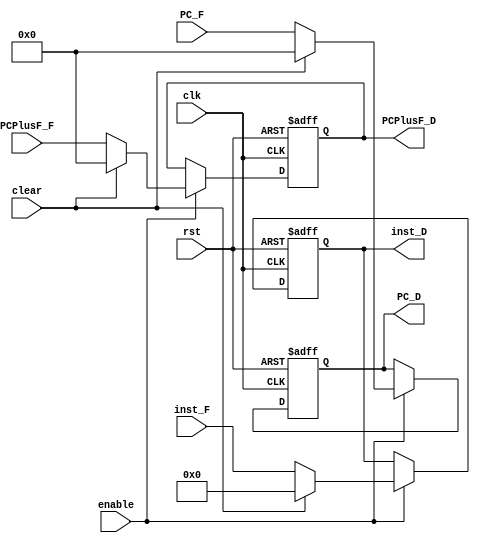
module pipe_IF_ID(
		  output reg [31:0] inst_D, 
		  output reg [8:0]  PC_D, PCPlusF_D,
		  input [31:0]	    inst_F, 
		  input [8:0]	    PC_F, PCPlusF_F,
		  input		    clk, rst, clear, enable);

   always @ (posedge clk, posedge rst) begin
      if (rst) begin
	 inst_D <= 0;
	 PC_D <= 0;
	 PCPlusF_D <= 0;
      end

      else if (enable) begin
                 if (clear) begin
                    inst_D <= 0;
                    PC_D <= 0;
                    PCPlusF_D <= 0;
                 end
            
                 else begin
                    inst_D <= inst_F;
                    PC_D <= PC_F;
                    PCPlusF_D <= PCPlusF_F;
                 end // else: !if(clear)
          end // if (enable)
   end // always @ (posedge clk)
endmodule // pipe_IF_ID